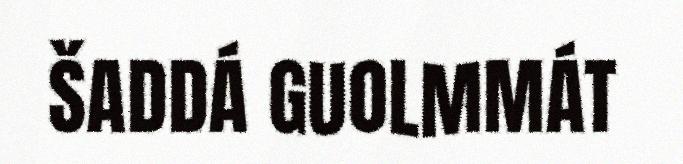
ŠADDÁ GUOLMMÁT